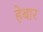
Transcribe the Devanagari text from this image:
हेबार